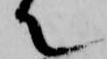
て